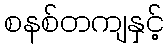
စနစ်တကျနှင့်